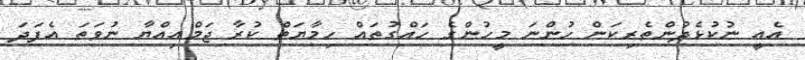
އެއީ ނުކުޅެދުންތެރިކަން ހުންނަ މީހުންގެ ހައްގުތައް ހިމާޔަތް ކުރާ ޖަމްއިއްޔާ ނުވަތަ އެފަދަ